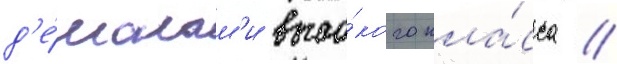
д'е́монам'и высо́кого кла́сса //